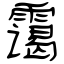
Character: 霭